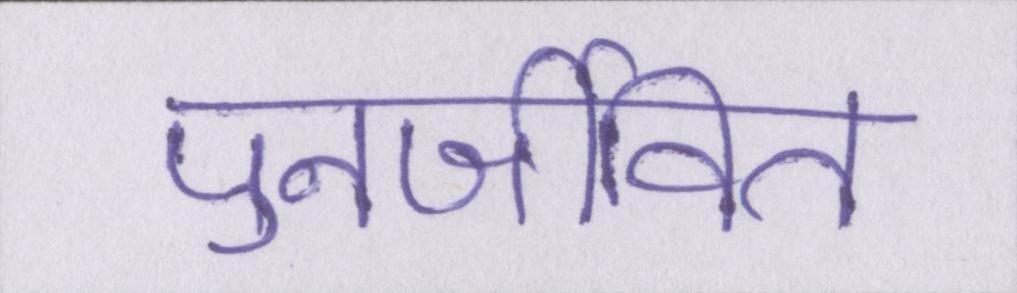
पुनर्जीवित